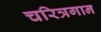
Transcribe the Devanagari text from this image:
चरित्रगान